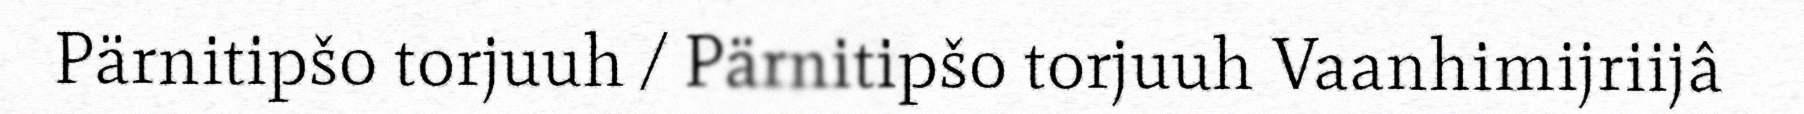
Pärnitipšo torjuuh / Pärnitipšo torjuuh Vaanhimijriijâ